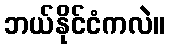
ဘယ်နိုင်ငံကလဲ။